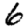
Digit: 6